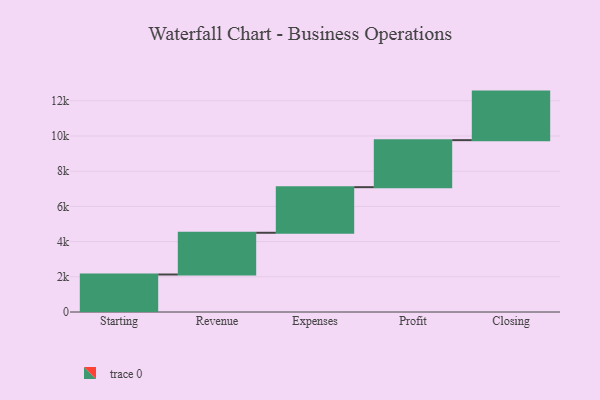
{"axis": {"x": "Step", "y": "Value"}, "legend": [""], "data": [{"x": "Starting", "y": 2131.0, "type": ""}, {"x": "Revenue", "y": 2371.0, "type": ""}, {"x": "Expenses", "y": 2591.0, "type": ""}, {"x": "Profit", "y": 2672.0, "type": ""}, {"x": "Closing", "y": 2759.0, "type": ""}]}